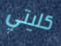
كليتي